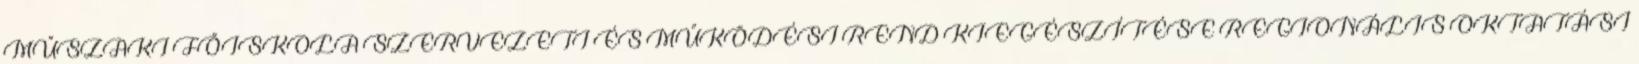
MŰSZAKI FŐISKOLA SZERVEZETI ÉS MŰKÖDÉSI REND KIEGÉSZÍTÉSE REGIONÁLIS OKTATÁSI